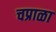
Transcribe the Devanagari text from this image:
चप्राळा